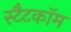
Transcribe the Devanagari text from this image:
स्टैटकॉम